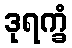
ဒုရက္ခံ